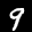
Label: 9